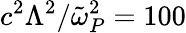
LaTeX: c^{2}\Lambda^{2}/\tilde{\omega}_{P}^{2}=100